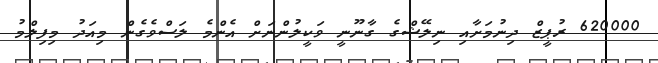
620000 ރުޕީޒް ދިނުމަށާއި ނިލޭޝްގެ ގާނޫނީ ވަކީލުންނަށް އެންމެ ލަސްވެގެން މިއަދު މިފިލްމު